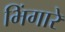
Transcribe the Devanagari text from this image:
भिंगारे